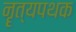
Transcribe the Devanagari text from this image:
नॄत्यपथक